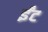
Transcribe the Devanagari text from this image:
र्इंट